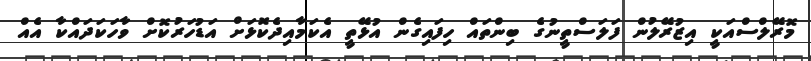
މޮރޭލްސްއަކީ އިޒުރޭލުން ފަލަސްތީނުގެ ބިންތައް ހިފައިގެން އުޅޭތީ އެކަމާއިދެކޮޅަށް އަޑުހަރުކޮށް ވާހަކަދައްކާ އެއް